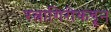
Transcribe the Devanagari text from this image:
रत्नागिरीकडून